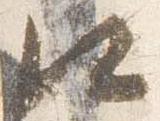
口